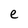
Character: e